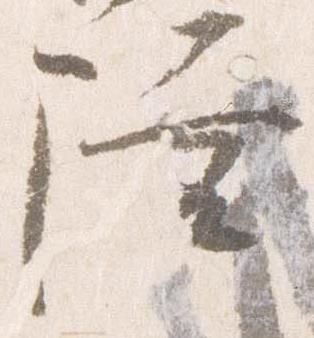
陸